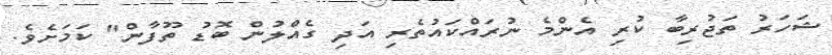
ޝަހަރު ތަޖުރިބާ ކުރި އެންމެ ނުރައްކައުތެރި އަދި ގެއްލުން ބޮޑު ތޫފާން" ކަމަށެވެ.